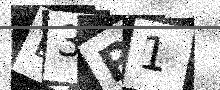
Text: D3P1